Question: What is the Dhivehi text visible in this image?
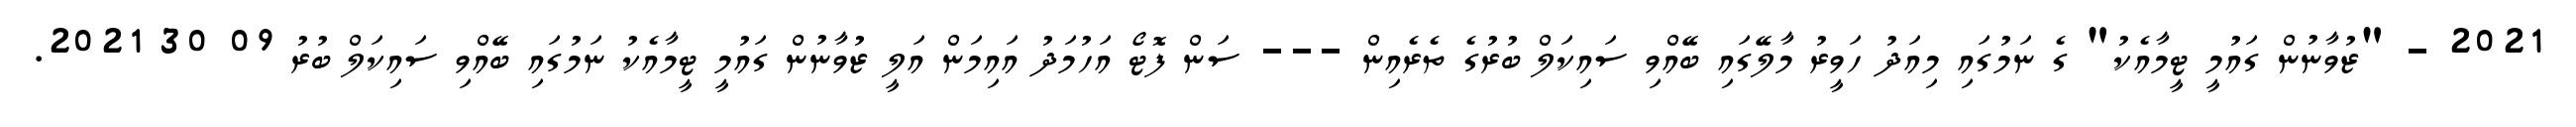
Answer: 2021 - "ޒުވާނުން ގައުމީ ޓީމާއެކު" ގެ ނަމުގައި މިއަދު ހަވީރު މާލޭގައި ބޭއްވި ސައިކަލް ބުރުގެ ތެރެއިން --- ސަން ފޮޓޯ އަހުމަދު އައިމަން އަލީ ޒުވާނުން ގައުމީ ޓީމާއެކު ނަމުގައި ބޭއްވި ސައިކަލް ބުރު 09 30 2021.